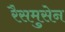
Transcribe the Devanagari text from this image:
रैसमुसेन